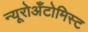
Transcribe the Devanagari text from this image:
न्यूरोअँटोमिस्ट